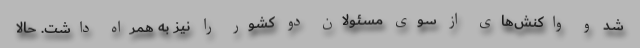
شد و واکنش‌های از سوی مسئولان دو کشور را نیز به‌ همراه داشت. حالا